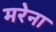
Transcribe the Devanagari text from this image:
मरेना